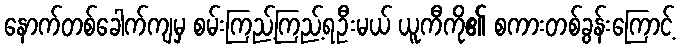
နောက်တစ်ခေါက်ကျမှ စမ်းကြည့်ကြည့်ရဦးမယ် ယူကီကို၏ စကားတစ်ခွန်းကြောင့်